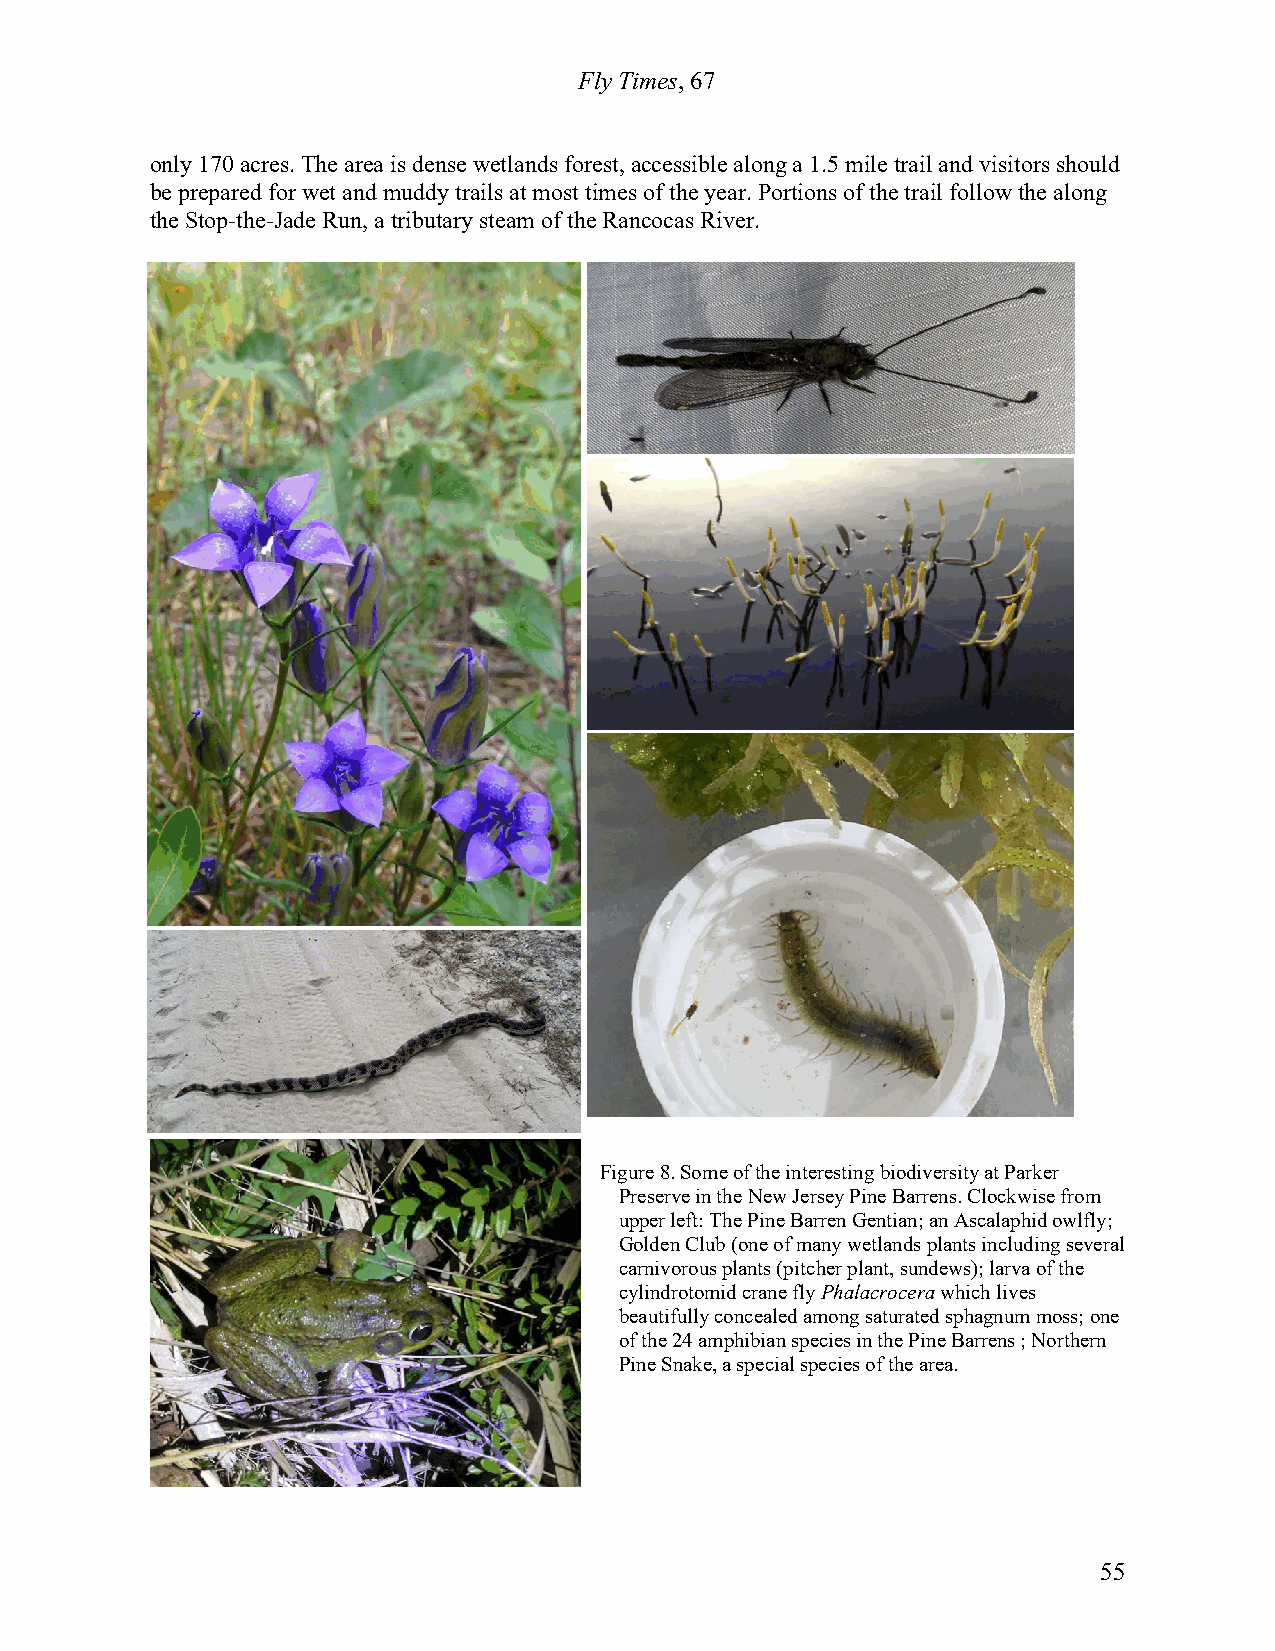
Fly Times, 67
 only 170 acres. The area is dense wetlands forest, accessible along a 1.5 mile trail and visitors should
 be prepared for wet and muddy trails at most times of the year. Portions of the trail follow the along
 the Stop-the-Jade Run, a tributary steam of the Rancocas River.
 Figure 8. Some of the interesting biodiversity at Parker
 Preserve in the New Jersey Pine Barrens. Clockwise from
 upper left: The Pine Barren Gentian; an Ascalaphid owlfly;
 Golden Club (one of many wetlands plants including several
 carnivorous plants (pitcher plant, sundews); larva of the
 cylindrotomid crane fly Phalacrocera which lives
 beautifully concealed among saturated sphagnum moss; one
 of the 24 amphibian species in the Pine Barrens ; Northern
 Pine Snake, a special species of the area.
 55